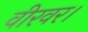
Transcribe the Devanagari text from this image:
वीरवर।